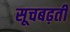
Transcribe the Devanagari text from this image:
सूचबढ़ती